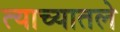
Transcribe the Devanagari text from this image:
त्याच्यातले